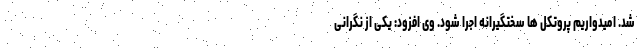
شد. امیدواریم پروتکل ها سختگیرانه اجرا شود. وی افزود: یکی از نگرانی